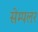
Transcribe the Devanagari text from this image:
सेम्पलर